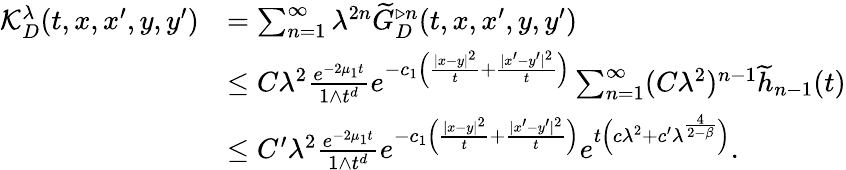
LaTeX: \begin{array}{rl}{\mathcal{K}_{D}^{\lambda}(t,x,x^{\prime},y,y^{\prime})}&{=\sum_{n=1}^{\infty}\lambda^{2n}\widetilde{G}_{D}^{\triangleright n}(t,x,x^{\prime},y,y^{\prime})}\\ &{\le C\lambda^{2}\frac{e^{-2\mu_{1}t}}{1\wedge t^{d}}e^{-c_{1}\Big(\frac{|x-y|^{2}}{t}+\frac{|x^{\prime}-y^{\prime}|^{2}}{t}\Big)}\sum_{n=1}^{\infty}(C\lambda^{2})^{n-1}\widetilde{h}_{n-1}(t)}\\ &{\le C^{\prime}\lambda^{2}\frac{e^{-2\mu_{1}t}}{1\wedge t^{d}}e^{-c_{1}\Big(\frac{|x-y|^{2}}{t}+\frac{|x^{\prime}-y^{\prime}|^{2}}{t}\Big)}e^{t\Big(c\lambda^{2}+c^{\prime}\lambda^{\frac{4}{2-\beta}}\Big)}.}\end{array}